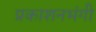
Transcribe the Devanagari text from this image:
प्रकाशनभंगी